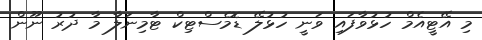
މި އޭޓީއެމް ހުޅުވާފައި ވަނީ ހުޅުލޭ ޑޮމެސްޓިކް ޓާމިނަލާ މާ ދުރު ނޫން